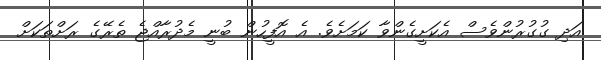
އަދިި ގުގުރުންވެސް އެކަށީގެންވާ ކަމަށެވެ. އެ އޮފީހުން ބުނީ މެދުރާއްޖެ ތެރޭގެ ރަށްތަކަށް